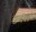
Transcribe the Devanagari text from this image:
दुर्दश